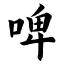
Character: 啤